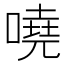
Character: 嘵